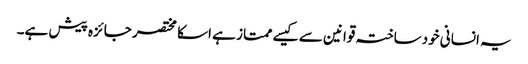
یہ انسانی خودساختہ قوانین سے کیسے ممتاز ہے اسکا مختصر جائزہ پیش ہے۔